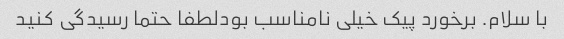
با سلام. برخورد پیک خیلی نامناسب بودلطفا حتما رسیدگی کنید